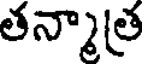
తన్మాత్ర